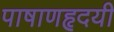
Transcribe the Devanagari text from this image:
पाषाणहृदयी